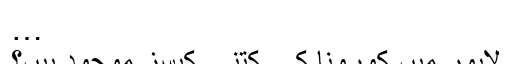
…
لاہور میں کورونا کے کتنے کیسز موجود ہیں؟